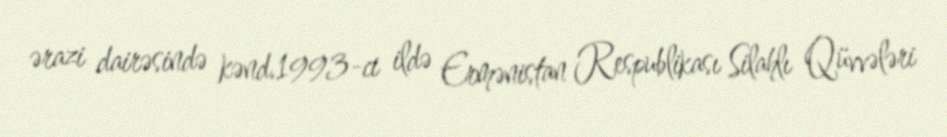
ərazi dairəsində kənd.1993-ci ildə Ermənistan Respublikası Silahlı Qüvvələri